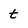
Character: t